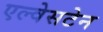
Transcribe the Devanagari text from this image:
एल्वेसटेन